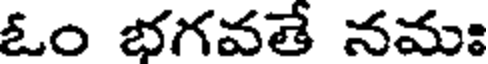
ఓం భగవతే నమః